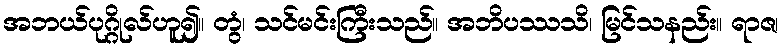
အဘယ်ပုဂ္ဂိုလ်ဟူ၍။ တွံ၊ သင်မင်းကြီးသည်။ အဘိပဿသိ၊ မြင်သနည်း။ ရာဇ၊